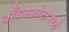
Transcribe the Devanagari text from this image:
बाँबस्फोटांमध्ये